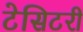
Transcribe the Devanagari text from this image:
टेसिटरी